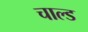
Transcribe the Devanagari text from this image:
चाल्ड